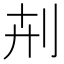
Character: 𠛟